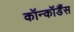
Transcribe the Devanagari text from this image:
कॉन्कॉर्डैंस